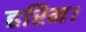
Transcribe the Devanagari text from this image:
हरिम।